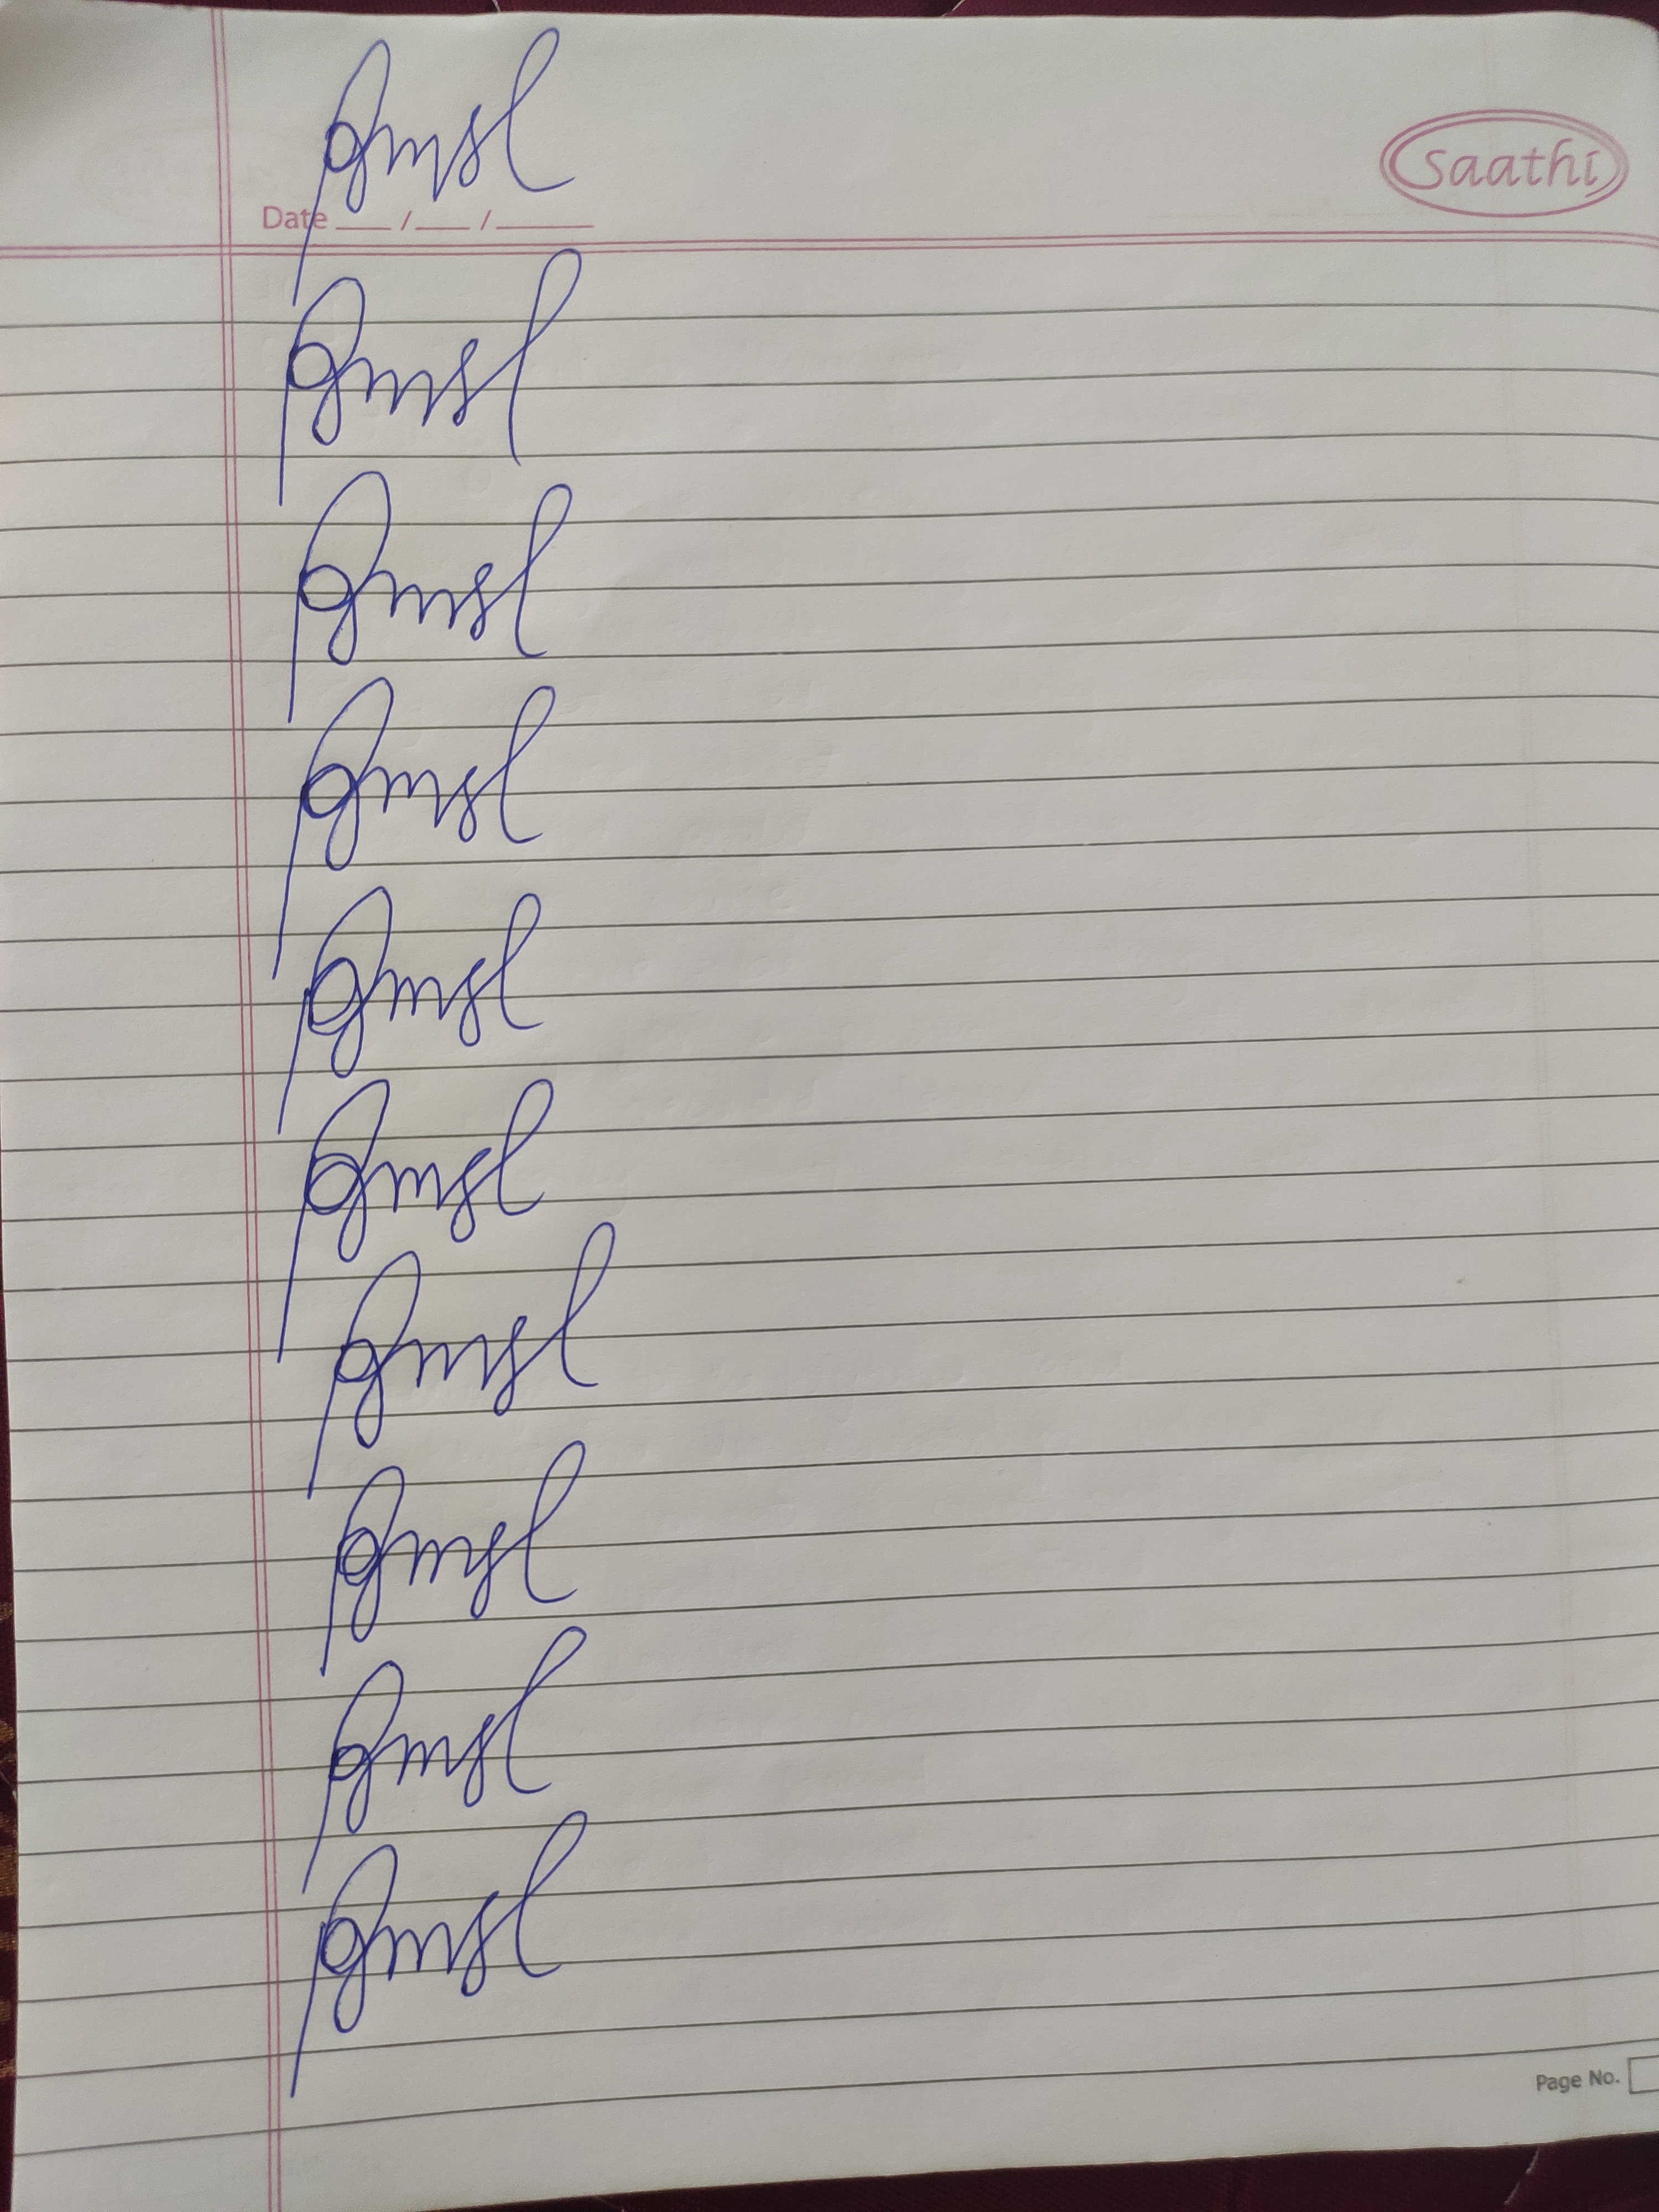
Signature authenticity: forged